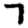
Digit: 7